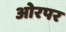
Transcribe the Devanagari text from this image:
ओरपर